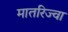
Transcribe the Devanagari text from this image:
मातरिज्वा